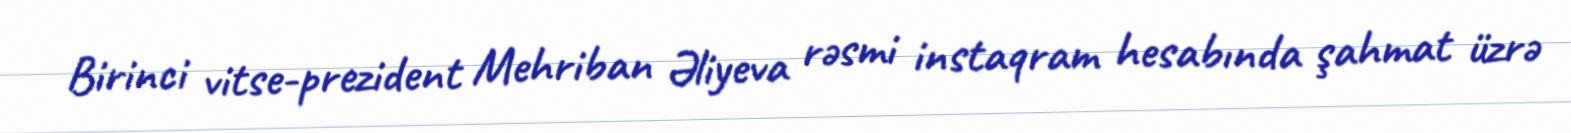
Birinci vitse-prezident Mehriban Əliyeva rəsmi instaqram hesabında şahmat üzrə